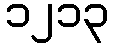
၁၂၁၃